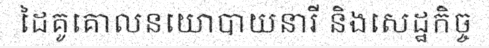
ដៃគូគោលនយោបាយនារី និងសេដ្ឋកិច្ច